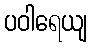
ပဝါရေယျ